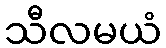
သီလမယံ